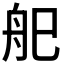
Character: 𱼶